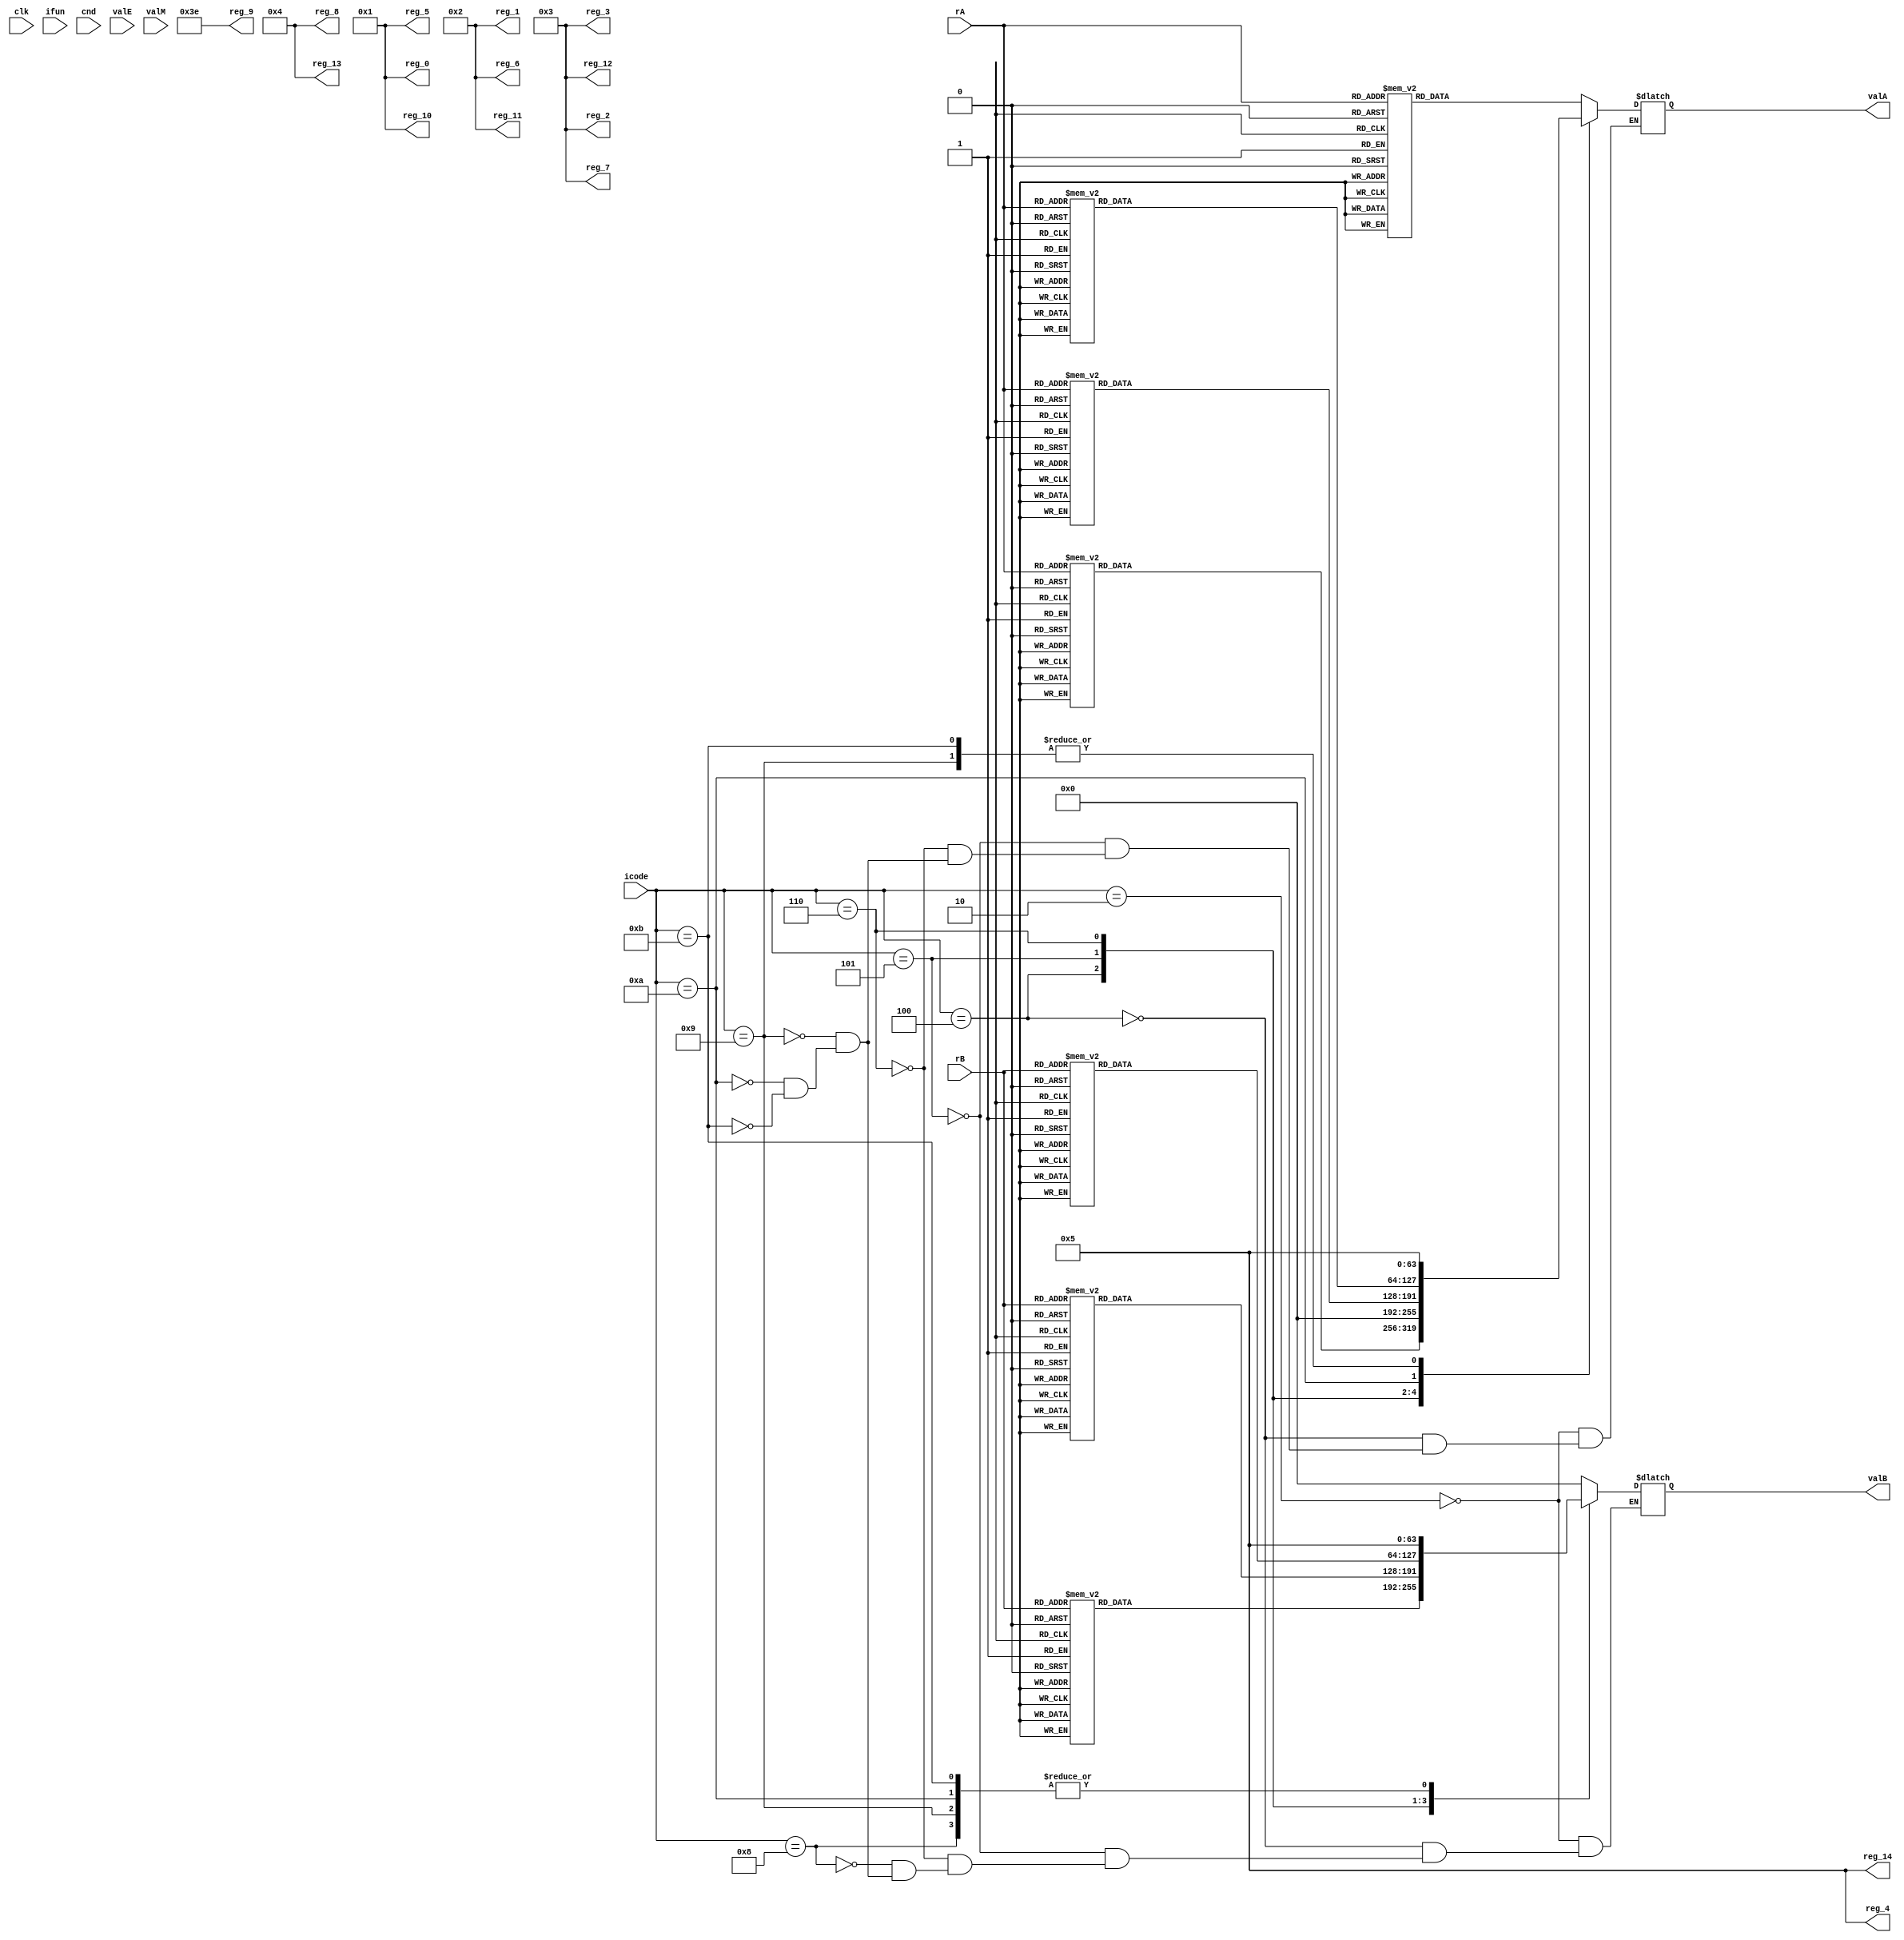
module decode(clk, icode, ifun, rA, rB, valA, valB, cnd, valE, valM, reg_0, reg_1, reg_2, reg_3, reg_4, reg_5, reg_6, reg_7, reg_8, reg_9, reg_10, reg_11, reg_12, reg_13, reg_14);

    input clk, cnd;
    input [3:0] icode, ifun;
    input [3:0] rA, rB;
    input signed[63:0] valE, valM;

    output reg signed [63:0] valA, valB;

    output reg signed [63:0] reg_0;
    output reg signed [63:0] reg_1;
    output reg signed [63:0] reg_2;
    output reg signed [63:0] reg_3;
    output reg signed [63:0] reg_4;
    output reg signed [63:0] reg_5;
    output reg signed [63:0] reg_6;
    output reg signed [63:0] reg_7;
    output reg signed [63:0] reg_8;
    output reg signed [63:0] reg_9;
    output reg signed [63:0] reg_10;
    output reg signed [63:0] reg_11;
    output reg signed [63:0] reg_12;
    output reg signed [63:0] reg_13;
    output reg signed [63:0] reg_14;

    reg [63:0] reg_mem[0:14];

    always@(*)

    begin

        reg_mem[0]  = 64'd1;
        reg_mem[1]  = 64'd2;
        reg_mem[2]  = 64'd3;
        reg_mem[3]  = 64'd3;
        reg_mem[4]  = 64'd5;
        reg_mem[5]  = 64'd1;
        reg_mem[6]  = 64'd2;
        reg_mem[7]  = 64'd3;
        reg_mem[8]  = 64'd4;
        reg_mem[9]  = 64'd62;
        reg_mem[10] = 64'd1;
        reg_mem[11] = 64'd2;
        reg_mem[12] = 64'd3;
        reg_mem[13] = 64'd4;
        reg_mem[14] = 64'd5;

        case(icode)

        4'b0010 : begin //cmovxx
        valB = 0;
        valA = reg_mem[rA]; 
        end

        4'b0100 : begin //rmmovq
            valA = reg_mem[rA];
            valB = reg_mem[rB];
        end  

        4'b0101 : begin //mrmovq
            valA = 0;
            valB = reg_mem[rB];
        end

        4'b0110 : begin //OPq
            valA = reg_mem[rA];
            valB = reg_mem[rB];
        end

        4'b1000 : begin //call
            valB = reg_mem[4];
        end 

        4'b1001 : begin //ret
            valA = reg_mem[4];
            valB = reg_mem[4];
        end

        4'b1010 : begin //pushq
            valA = reg_mem[rA];
            valB = reg_mem[4];
        end

        4'b1011 : begin //popq
            valA = reg_mem[4];
            valB = reg_mem[4];
        end

        endcase 

        reg_0 = reg_mem[0];
        reg_1 = reg_mem[1];
        reg_2 = reg_mem[2];
        reg_3 = reg_mem[3];
        reg_4 = reg_mem[4];
        reg_5 = reg_mem[5];
        reg_6 = reg_mem[6];
        reg_7 = reg_mem[7];
        reg_8 = reg_mem[8];
        reg_9 = reg_mem[9];
        reg_10 = reg_mem[10];
        reg_11 = reg_mem[11];
        reg_12 = reg_mem[12];
        reg_13 = reg_mem[13];
        reg_14 = reg_mem[14];
        
    end

    always@(posedge clk)
    begin
        case(icode)

        4'b0010 : begin //cmovxx
            if(cnd == 1'b1)
            begin
                reg_mem[rB] = valE;
            end
        end

        4'b0011 : begin //irmovq
            reg_mem[rB] = valE;
        end  

        4'b0101 : begin //mrmovq
            reg_mem[rA] = valM;
        end

        4'b0110 : begin //OPq
            reg_mem[rB] = valE;
        end

        4'b1000 : begin //call
            reg_mem[4] = valE;
        end 

        4'b1001 : begin //ret
            reg_mem[4] = valE;
        end

        4'b1010 : begin //pushq
            reg_mem[4] = valE;
        end

        4'b1011 : begin //popq
            reg_mem[4] = valE;
            reg_mem[rA] = valM;
        end

        endcase

        reg_0 <= reg_mem[0];
        reg_1 <= reg_mem[1];
        reg_2 <= reg_mem[2];
        reg_3 <= reg_mem[3];
        reg_4 <= reg_mem[4];
        reg_5 <= reg_mem[5];
        reg_6 <= reg_mem[6];
        reg_7 <= reg_mem[7];
        reg_8 <= reg_mem[8];
        reg_9 <= reg_mem[9];
        reg_10 <= reg_mem[10];
        reg_11 <= reg_mem[11];
        reg_12 <= reg_mem[12];
        reg_13 <= reg_mem[13];
        reg_14 <= reg_mem[14];
    end

endmodule